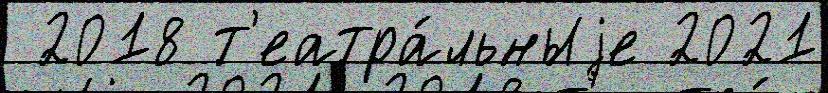
 2018 т'еатра́льныjе 2021